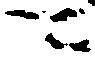
可